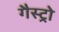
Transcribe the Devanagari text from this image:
गैस्‍ट्रो